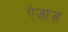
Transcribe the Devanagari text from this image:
ऐज़ाज़